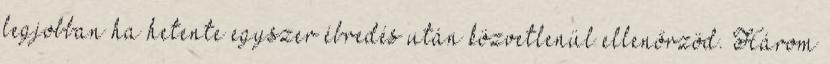
legjobban ha hetente egyszer ébredés után közvetlenül ellenőrzöd. Három